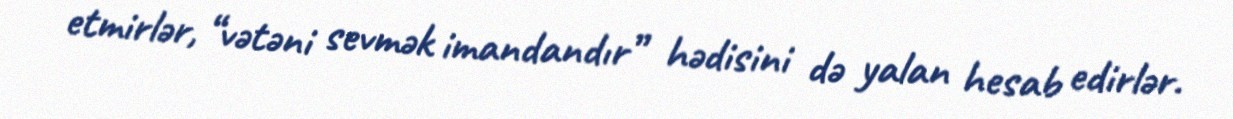
etmirlər, “vətəni sevmək imandandır” hədisini də yalan hesab edirlər.